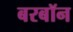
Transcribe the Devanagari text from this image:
बरबॉन